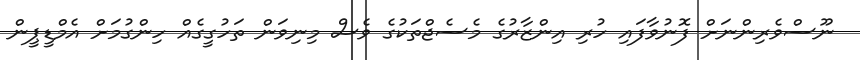
ނޫސްވެރިންނަށް ފޮނުވާފައި ހުރި އިންޒާރުގެ މެސެޖްތަކުގެ ވެސް މިނިވަން ތަހުގީގެއް ހިންގުމަށް އެމްޑީޕީން